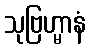
သုဗြဟ္မာနံ